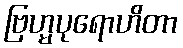
ဗြဟ္မပုရောဟိတာ